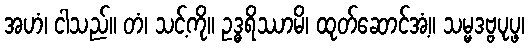
အဟံ၊ ငါသည်။ တံ၊ သင့်ကို။ ဥဒ္ဓရိဿာမိ၊ ထုတ်ဆောင်အံ့။ သမ္မဒဗ္ဗပုပ္ဖ၊